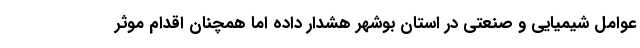
عوامل شیمیایی و صنعتی در استان بوشهر هشدار داده اما همچنان اقدام موثر